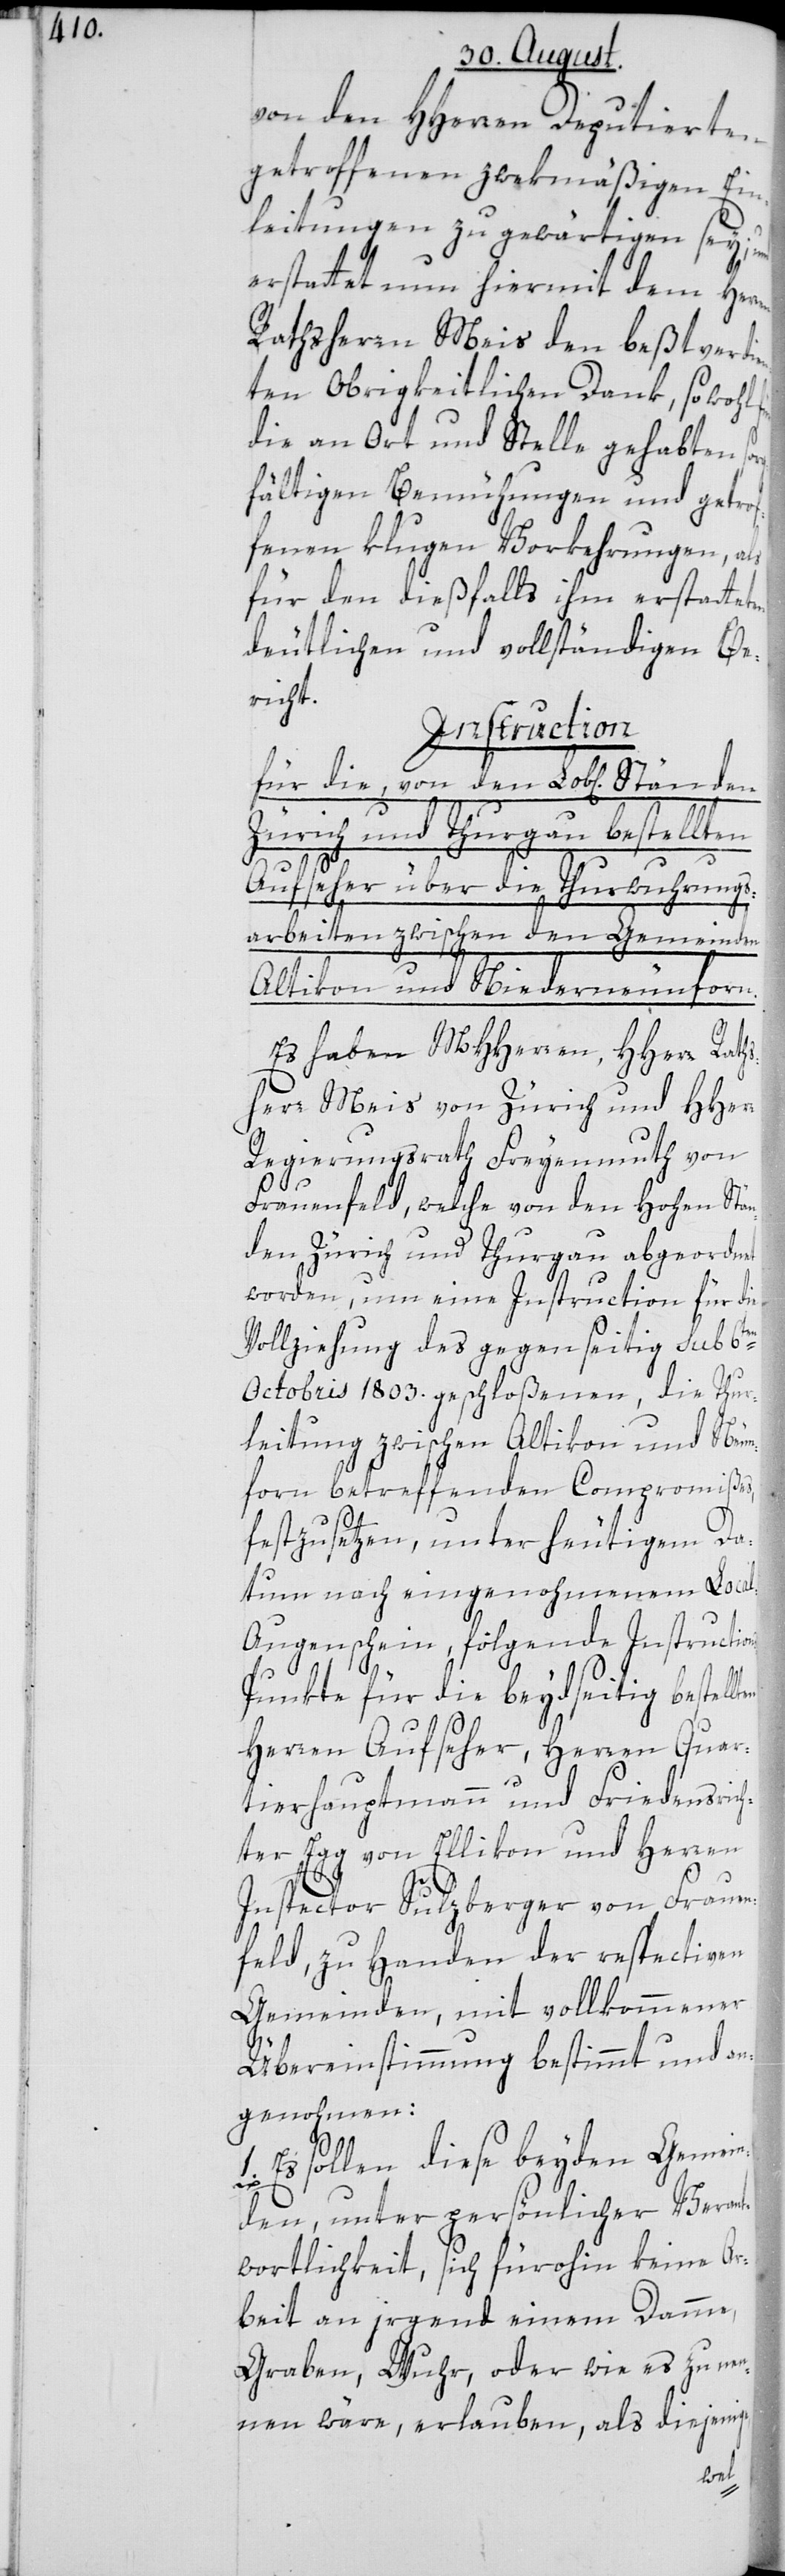
von den HHerren Deputierten
getroffenen zwekmäßigen Ein¬
leitungen zu gewärtigen sey, und
erstattet nun hiermit dem Her¬
Rathsherrn Meis den beßtverdie¬
nten Obrigkeitlichen Dank, sowohl
die an Ort und Stelle gehabten so¬
fältigen Bemühungen und getrof¬
fenen klugen Vorkehrungen, als
für den dießfalls ihm erstattet¬
deutlichen und vollständigen Be¬
richt.
Instruction
für die, von den Lob[lichen]
Zürich und Thurgau bestellten
1.
Aufseher über die Thurwuhrungs¬
arbeiten zwischen den Gemeinden
Altikon und Niederneunforn.
Es haben MHHerren, HHerr Rath¬
sherr Meis von Zürich und HHerr
Regierungsrath Freyenmuth von
Frauenfeld, welche von den Hohen Stän¬
den Zürich und Thurgau abgeordnet
worden, um eine Instruction für die
Vollziehung des gegenseitig sub 6ten
Octobris 1803. geschloßenen, die Thur¬
leitung zwischen Altikon und Neun¬
forn betreffenden Compromißes,
ns-P¬
festzusetzen, unter heutigem Da¬
tum nach eingenohmenem Loca¬
l-Augenschein, folgende Instructio¬
unkte für die beydseitig bestel¬
Herren Aufseher, Herren Quar¬
tierhauptmann und Friedensric¬
hter Egg von Ellikon, und Herren
Inspector Sulzberger von Frauen¬
feld, zu Handen der respectiven
Gemeinden, mit vollkommener
Übereinstimmung bestimmt und an¬
genohmen:
Es sollen diese beyden Gemein¬
den, unter persönlicher Verant¬
wortlichkeit, sich fürohin keine Ar¬
beit an irgend einem Damme,
Graben, Wuhr, oder wie es zu nen¬
nen wäre, erlauben, als diejenige,
lten